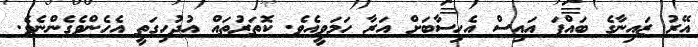
އޭރު ޒައިނާގެ ބައްޕަ އައިސް އެހިސާބަށް އަރާ ހަމަވީއެވެ. ކޮތަރުތައް އުދުހިގަތީ އެހެންވެގެންނެވެ.